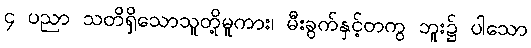
၄ ပညာ သတိရှိသောသူတို့မူကား၊ မီးခွက်နှင့်တကွ ဘူး၌ ပါသော